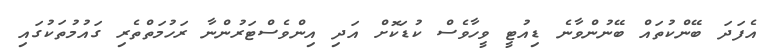
އެފަދަ ބޭންކުތައް ބޭނުންވާނެ ޑިއުޓީ ވީހާވެސް ކުޑަކޮށް އަދި އިންވެސްޓަރުންނާ ރަހުމަތްތެރި ގައުމުތަކުގައި